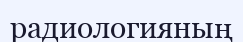
радиологияның